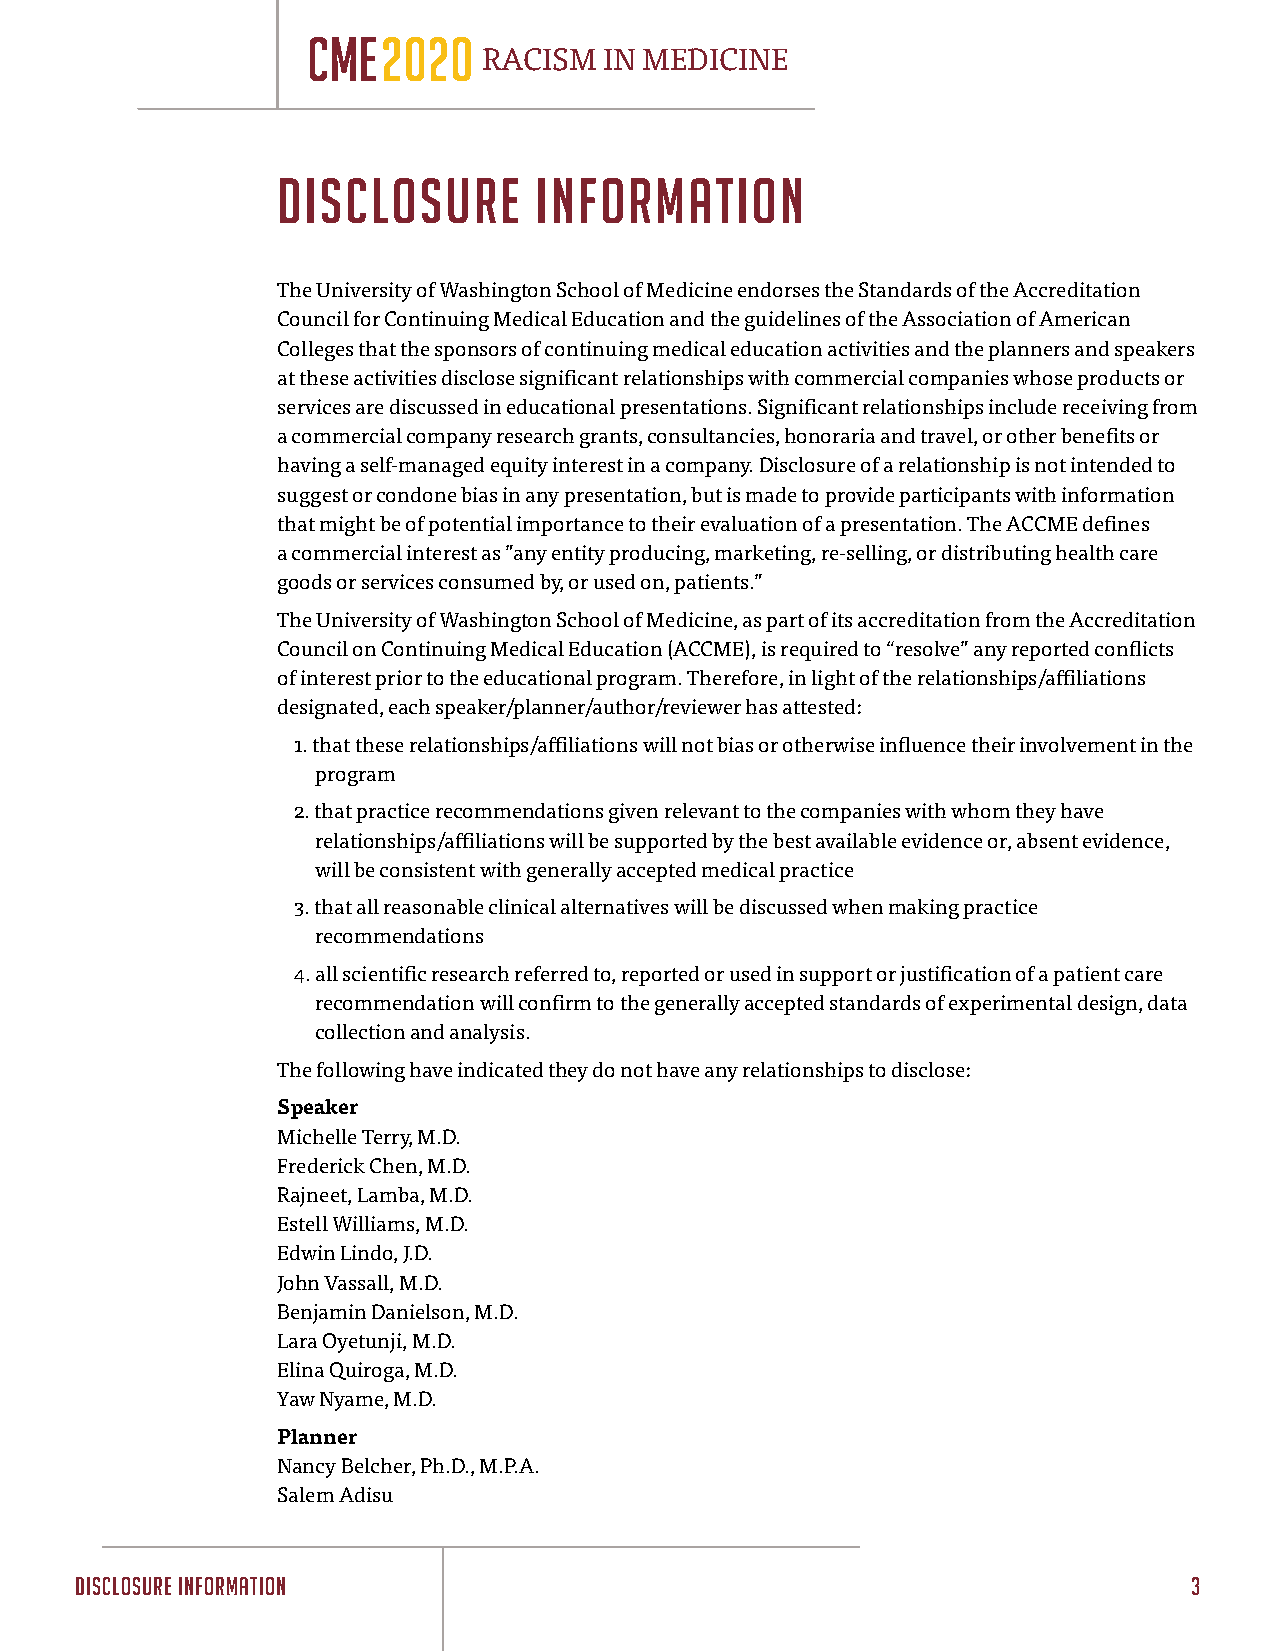
CME  2020
 RACISM  IN MEDICINE
 DISCLOSURE       INFORMATION
 The University of Washington School of Medicine endorses the Standards of the Accreditation
 Council for Continuing Medical Education and the guidelines of the Association of American
 Colleges that the sponsors of continuing medical education activities and the planners and speakers
 at these activities disclose significant relationships with commercial companies whose products or
 services are discussed in educational presentations. Significant relationships include receiving from
 a commercial company research grants, consultancies, honoraria and travel, or other benefits or
 having a self-managed equity interest in a company. Disclosure of a relationship is not intended to
 suggest or condone bias in any presentation, but is made to provide participants with information
 that might be of potential importance to their evaluation of a presentation. The ACCME defines
 a commercial interest as ”any entity producing, marketing, re-selling, or distributing health care
 goods or services consumed by, or used on, patients.”
 The University of Washington School of Medicine, as part of its accreditation from the Accreditation
 Council on Continuing Medical Education (ACCME), is required to “resolve” any reported conflicts
 of interest prior to the educational program. Therefore, in light of the relationships/affiliations
 designated, each speaker/planner/author/reviewer has attested:
 1. that these relationships/affiliations will not bias or otherwise influence their involvement in the
 program
 2. that practice recommendations given relevant to the companies with whom they have
 relationships/affiliations will be supported by the best available evidence or, absent evidence,
 will be consistent with generally accepted medical practice
 3. that all reasonable clinical alternatives will be discussed when making practice
 recommendations
 4. all scientific research referred to, reported or used in support or justification of a patient care
 recommendation will confirm to the generally accepted standards of experimental design, data
 collection and analysis.
 The following have indicated they do not have any relationships to disclose:
 Speaker
 Michelle Terry, M.D.
 Frederick Chen, M.D.
 Rajneet, Lamba, M.D.
 Estell Williams, M.D.
 Edwin Lindo, J.D.
 John Vassall, M.D.
 Benjamin Danielson, M.D.
 Lara Oyetunji, M.D.
 Elina Quiroga, M.D.
 Yaw Nyame, M.D.
 Planner
 Nancy Belcher, Ph.D., M.P.A.
 Salem Adisu
 DISCLOSURE INFORMATION                                                    3